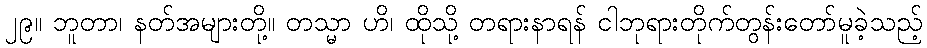
၂၉။ ဘူတာ၊ နတ်အများတို့။ တသ္မာ ဟိ၊ ထိုသို့ တရားနာရန် ငါဘုရားတိုက်တွန်းတော်မူခဲ့သည့်